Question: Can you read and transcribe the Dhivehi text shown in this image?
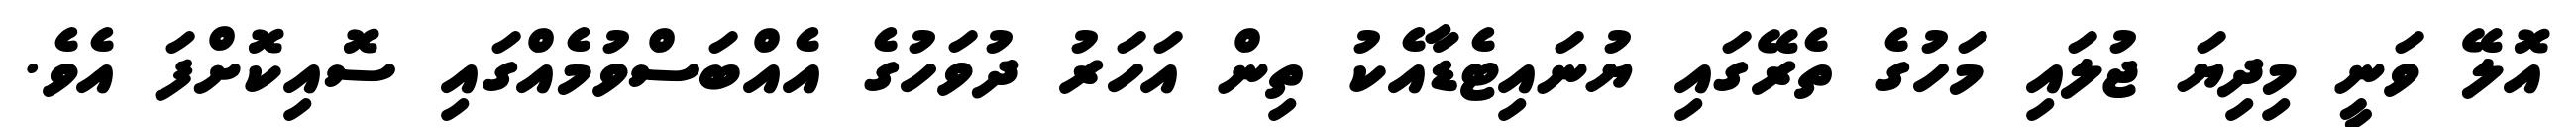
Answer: އޮލޭ ވަނީ މިދިޔަ ޖުލައި މަހުގެ ތެރޭގައި ޔުނައިޓެޑާއެކު ތިން އަހަރު ދުވަހުގެ އެއްބަސްވުމެއްގައި ސޮއިކޮށްފަ އެވެ.